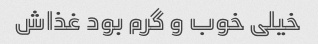
خیلی خوب و گرم بود غذاش